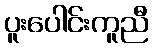
ပူးပေါင်းကူညီ